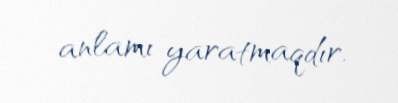
anlamı yaratmaqdır.